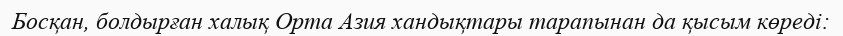
Босқан, болдырған халық Орта Азия хандықтары тарапынан да қысым көреді: